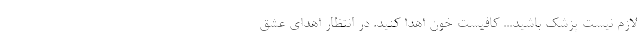
لازم نیست پزشک باشید... کافیست خون اهدا کنید. در انتظار اهدای عشق